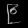
Digit: ၉